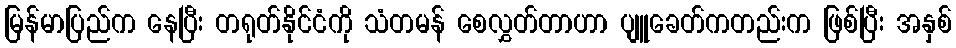
မြန်မာပြည်က နေပြီး တရုတ်နိုင်ငံကို သံတမန် စေလွှတ်တာဟာ ပျူခေတ်ကတည်းက ဖြစ်ပြီး အနှစ်